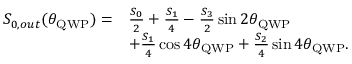
\begin{array} { r l } { S _ { 0 , o u t } ( \theta _ { \mathrm { Q W P } } ) = } & { \frac { S _ { 0 } } { 2 } + \frac { S _ { 1 } } { 4 } - \frac { S _ { 3 } } { 2 } \sin { 2 \theta _ { \mathrm { Q W P } } } } \\ & { + \frac { S _ { 1 } } { 4 } \cos { 4 \theta _ { \mathrm { Q W P } } } + \frac { S _ { 2 } } { 4 } \sin { 4 \theta _ { \mathrm { Q W P } } } . } \end{array}